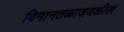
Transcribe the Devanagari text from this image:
विमानतळाजवळील